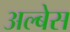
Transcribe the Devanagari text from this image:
अल्बेस